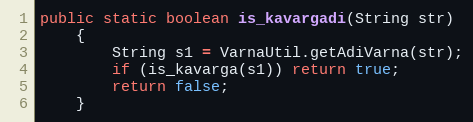
Language: Java
public static boolean is_kavargadi(String str)
    {
        String s1 = VarnaUtil.getAdiVarna(str);
        if (is_kavarga(s1)) return true;
        return false;
    }